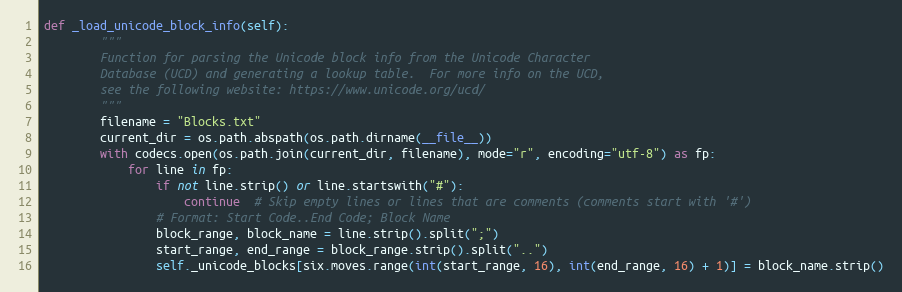
Language: Python
def _load_unicode_block_info(self):
        """
        Function for parsing the Unicode block info from the Unicode Character
        Database (UCD) and generating a lookup table.  For more info on the UCD,
        see the following website: https://www.unicode.org/ucd/
        """
        filename = "Blocks.txt"
        current_dir = os.path.abspath(os.path.dirname(__file__))
        with codecs.open(os.path.join(current_dir, filename), mode="r", encoding="utf-8") as fp:
            for line in fp:
                if not line.strip() or line.startswith("#"):
                    continue  # Skip empty lines or lines that are comments (comments start with '#')
                # Format: Start Code..End Code; Block Name
                block_range, block_name = line.strip().split(";")
                start_range, end_range = block_range.strip().split("..")
                self._unicode_blocks[six.moves.range(int(start_range, 16), int(end_range, 16) + 1)] = block_name.strip()